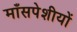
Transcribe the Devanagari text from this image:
माँसपेशीयों